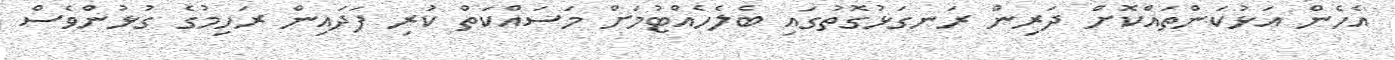
އެހެން އަޅުކަންތައްކޮށް ދަރިން ރަނގަޅުގޮތުގައި ބެލެހެއްޓުމަށް މަސައްކަތް ކުރި ފަދައިން ރަހިމުގެ ގުޅުންވެސް